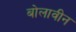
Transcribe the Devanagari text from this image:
बोलावीन